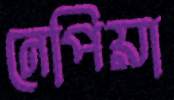
নেপিয়া